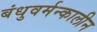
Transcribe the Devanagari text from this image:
बंधुवर्मन्कालीन